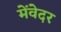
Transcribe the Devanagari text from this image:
मेंवेदर